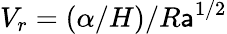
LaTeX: V_{r}=\left(\alpha/H\right)/R\mathsf{a}^{1/2}